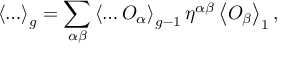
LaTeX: \left\langle \ldots \right\rangle _ { g } = \sum _ { \alpha \beta } \left\langle \ldots { \cal O } _ { \alpha } \right\rangle _ { g - 1 } \eta ^ { \alpha \beta } \left\langle { \cal O } _ { \beta } \right\rangle _ { 1 } ,